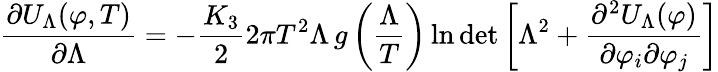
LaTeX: \frac{\partial U_{\Lambda}(\varphi,T)}{\partial\Lambda}=-\frac{K_{3}}{2}2\pi T^{2}\Lambda\, g\left(\frac{\Lambda}{T}\right)\ln\operatorname*{det}\left[\Lambda^{2}+\frac{\partial^{2}U_{\Lambda}(\varphi)}{\partial\varphi_{i}\partial\varphi_{j}}\right]